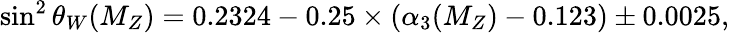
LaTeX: \sin^{2}\theta_{W}(M_{Z})=0.2324-0.25\times(\alpha_{3}(M_{Z})-0.123)\pm 0.0025,